Medical and sanitary report of the native army of Bengal for the year
Year: 1874
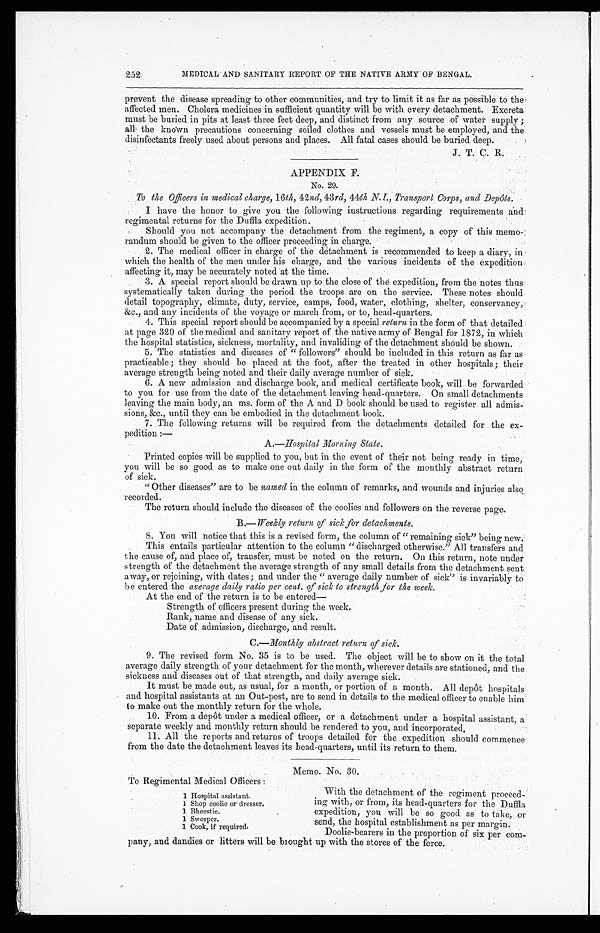
252
MEDICAL AND SANITARY REPORT OF THE NATIVE ARMY OF BENGAL.
prevent the disease spreading to other communities, and try to limit it as far as possible to the
affected men. Cholera medicines in sufficient quantity will be with every detachment. Excreta
must be buried in pits at least three feet deep, and distinct from any source of water supply;
all the known precautions concerning soiled clothes and vessels must be employed, and the
disinfectants freely used about persons and places. All fatal cases should be buried deep.
.
APPENDIX F.
No. 29
To the Officers in medical charge, 16th, 42nd, 43rd, 44th N. I., Transport Corps, and Depôts.
I have the honor to give you the following instructions regarding requirements a
nd regimental returns for the Duffla expedition.
Should you not accompany the detachment from the regiment, a copy of this memo-
randum should be given to the officer proceeding in charge.
2. The medical officer in charge of the detachment is recommended to keep a diary, in
which the health of the men under his charge, and the various incidents of the expedition
affecting it, may be accurately noted at the time.
3. A special report should be drawn up to the close of the expedition, from the notes thus
systematically taken during the period the troops are on the service. These notes should
detail topography, climate, duty, service, camps, food, water, clothing, shelter, conservancy,
&c., and any incidents of the voyage or march from, or to, head-quarters.
4. This special report should be accompanied by a special return in the form of that detailed
at page 320 of the medical and sanitary report of the native army of Bengal for 18725 in which
the hospital statistics, sickness, mortality, and invaliding of the detachment should be shown.
5. The statistics and diseases of "followers" should be included in this return as far as
practicable; they should be placed at the foot, after the treated in other hospitals; their
average strength being noted and their daily average number of sick.
6. A new admission and discharge book, and medical certificate book, will be forwarded
to you for use from the date of the detachment leaving head-quarters. On small detachments
leaving the main body, an ms. form of the A and D book should be used to register all admis
-sions, &c., until they can be embodied in the detachment book.
7. The following returns will be required from the detachments detailed for the ex-
pedition:—
A.—Hospital Morning Slate.
Printed copies will be supplied to you, but in the event of their not being ready in time,
you will be so good as to make one out daily in the form of the monthly abstract return
of sick.
" Other diseases" are to be named, in the column of remarks, and wounds and injuries also
recorded.
The return should include the diseases of the coolies and followers on the reverse page.
B.—Weekly return of sick for detachments.
8. You will notice that this is a revised form, the column of "remaining sick" being new.
This entails particular attention to the column "discharged otherwise." All transfers and
the cause of, and place of, transfer, must be noted on the return. On this return, note under
strength of the detachment the average strength of any small details from the detachment sent
away, or rejoining, with dates; and under the "average daily number of sick" is invariably to
be entered the average daily ratio per cent. of sick to strength for the week.
At the end of the return is to be entered—
Strength of officers present during the week.
Rank, name and disease of any sick.
Date of admission, discharge, and result.
C.—Monthly abstract return of sick.
9. The revised form No. 35 is to be used. The object will be to show on it the total
average daily strength of your detachment for the month, wherever details are stationed, and the
sickness and diseases out of that strength, and daily average sick.
It must be made out, as usual, for a month, or portion of a month. All depôt hospitals
and hospital assistants at an Out-post, are to send in details to the medical officer to enable him
to make out the monthly return for the whole.
10. From a depôt under a medical officer, or a detachment under a hospital assistant, a
separate weekly and monthly return should be rendered to you, and incorporated.
11. All the reports and returns of troops detailed for the expedition should commence
from the date the detachment leaves its head-quarters, until its return to them.
Memo. No. 30.
To Regimental Medical Officers:
With the detachment of the regiment proceed-
ing with, or from, its head-quarters for the Duffla
expedition, you will be so good as to take, or
send, the hospital establishment as per margin.
Doolie-bearers in the proportion of six per com-
pany, and dandies or litters will be brought up with the stores of the force.
1 Hospital assistant.
1 Shop coolie or dresser.
1 Bheestie.
1 Sweeper.
1 Cook, if required.